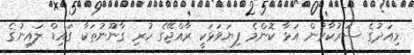
މިއަދުގެ ސަރުކާރުން އަޅާ ކޮންމެ ފިޔަވަޅަކީ ރާއްޖޭގެ ހުރި ގާނޫނުތަކާ ގައިޑް ލައިނުގެ